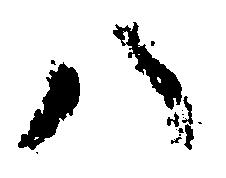
ハ